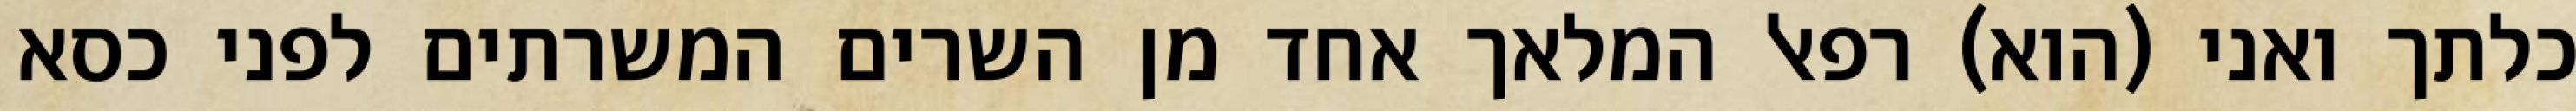
כלתך ואני (הוא) רפאל המלאך אחד מן השרים המשרתים לפני כסא